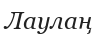
Лаулаң